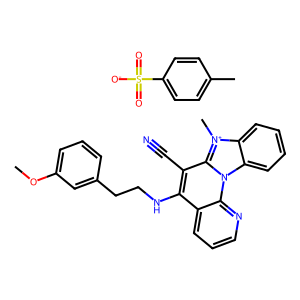
SMILES: COc1cccc(CCNc2c(C#N)c3n(c4ccccc4[n+]3C)c3ncccc23)c1.Cc1ccc(S(=O)(=O)[O-])cc1
Inhibits HIV replication: No